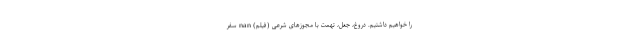
را خواهیم داشتیم. دروغ، جعل، تهمت با مجوزهای شرعی (فیلم) nan سفر